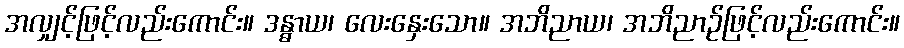
အလျှင့်ဖြင့်လည်းကောင်း။ ဒန္ဓာယ၊ လေးနှေးသော။ အဘိညာယ၊ အဘိညာဉ်ဖြင့်လည်းကောင်း။